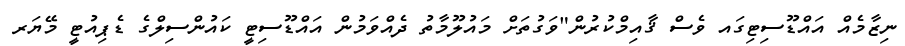
ނިޒާމެއް އައްޑޫސިޓިގައ ވެސް ޤާއިމްކުރުން"ވަގުތަށް މައުލޫމާތު ދެއްވަމުން އައްޑޫސިޓީ ކައުންސިލްގެ ޑެޕިއުޓީ މޭޔަރ